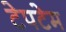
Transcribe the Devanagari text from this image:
टेपटेम